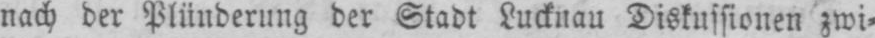
nach der Plünderung der Stadt Lucknau Diskussionen zwi⸗